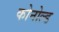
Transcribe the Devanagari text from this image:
कोनोल्ड